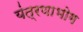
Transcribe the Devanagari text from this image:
यंत्रणाभोग